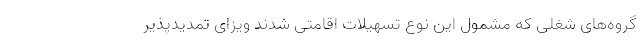
گروه‌های شغلی که مشمول این نوع تسهیلات اقامتی شدند ویزای تمدیدپذیر